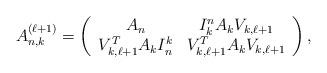
LaTeX: \begin{align*}A_{n,k}^{(\ell+1)} = \left( \begin{array}{cc}A_n & I_k^nA_kV_{k,\ell+1} \\V_{k,\ell+1}^TA_kI_n^k & V_{k,\ell+1}^TA_kV_{k,\ell+1}\end{array} \right),\end{align*}